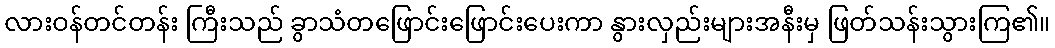
လားဝန်တင်တန်း ကြီးသည် ခွာသံတဖြောင်းဖြောင်းပေးကာ နွားလှည်းများအနီးမှ ဖြတ်သန်းသွားကြ၏။